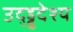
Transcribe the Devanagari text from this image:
उद्ड्ढदेश्य